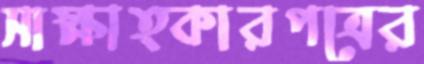
সাক্ষাত্কারপত্রের